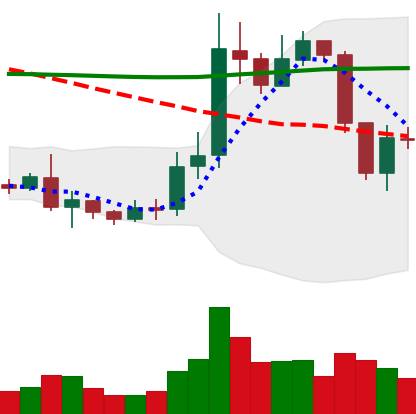
Ticker: ETC-USD
Chart end date: 2019-08-31
Forward return: 12.145%
Label: up_7plus